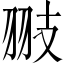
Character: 翄